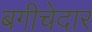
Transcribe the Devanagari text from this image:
बगीचेदार